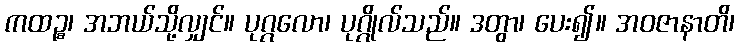
ကထဉ္စ၊ အဘယ်သို့လျှင်။ ပုဂ္ဂလော၊ ပုဂ္ဂိုလ်သည်။ ဒတွာ၊ ပေး၍။ အဝဇာနာတိ၊